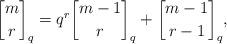
LaTeX: \begin{align*}{m \brack r}_q = q^r {m-1 \brack r}_q + {m-1 \brack r-1}_q,\end{align*}